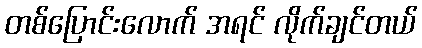
တစ်ပြောင်းလောက် အရင် လိုက်ချင်တယ်